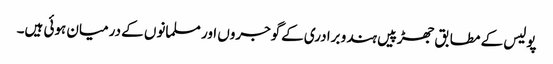
پولیس کے مطابق جھڑپیں ہندو برادری کےگوجروں اور مسلمانوں کے درمیان ہوئی ہیں۔